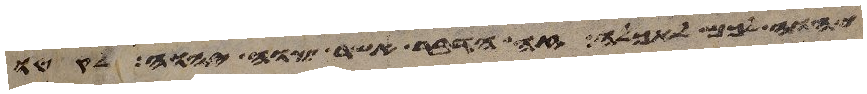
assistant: יהוה לכם לאכלה זה הדבר אשר צוה יהוה לקטו